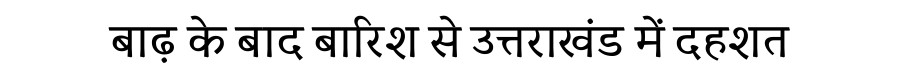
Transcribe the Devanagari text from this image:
बाढ़ के बाद बारिश से उत्तराखंड में दहशत